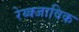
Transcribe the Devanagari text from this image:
रेय्क्जाविक